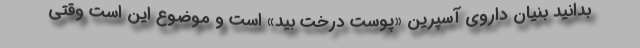
بدانید بنیان داروی آسپرین «پوست درخت بید» است و موضوع این است وقتی